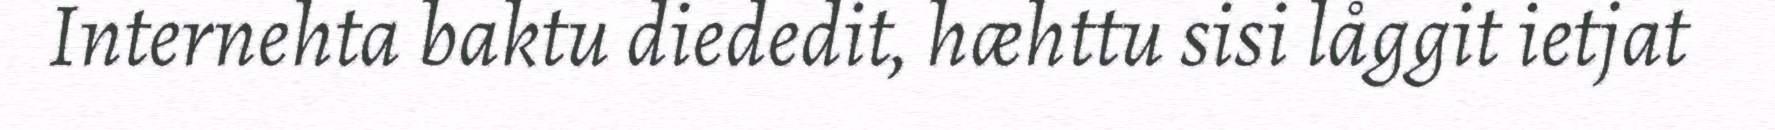
Internehta baktu diededit, hæhttu sisi låggit ietjat